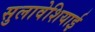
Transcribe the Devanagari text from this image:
सुलावेशियाई